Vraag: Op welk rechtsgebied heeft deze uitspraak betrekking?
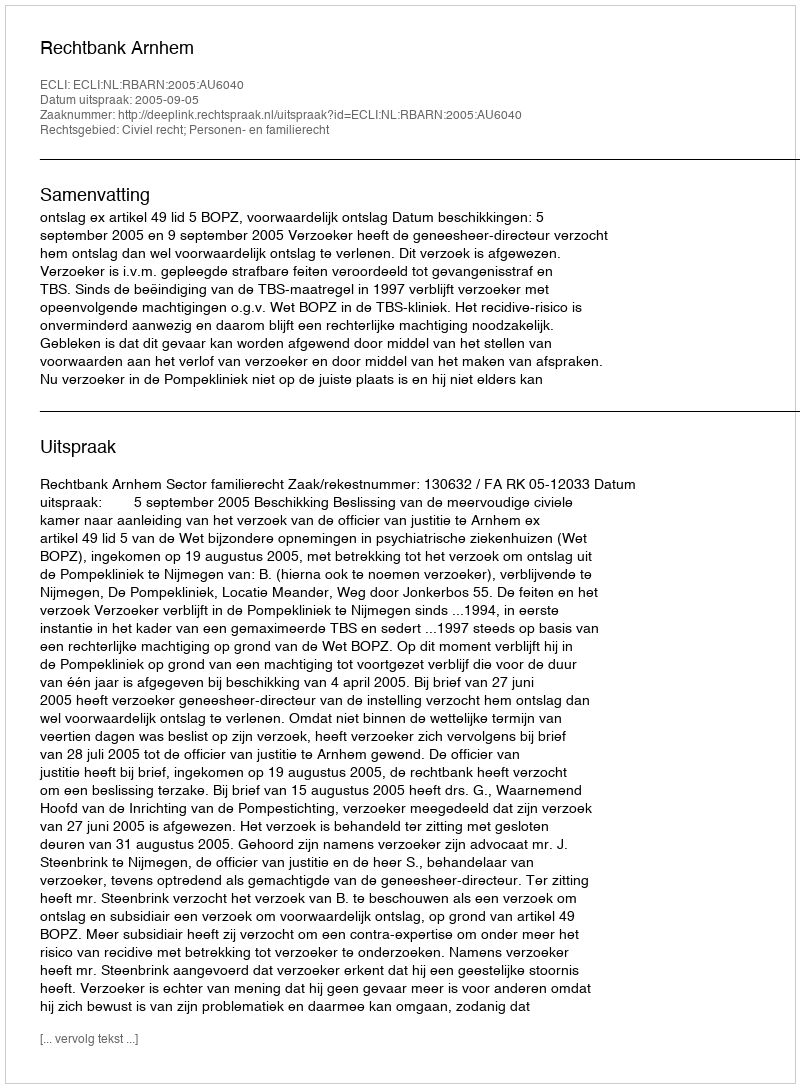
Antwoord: Civiel recht; Personen- en familierecht